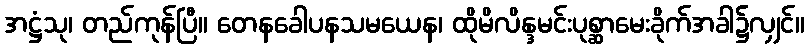
အဋ္ဌံသု၊ တည်ကုန်ပြီ။ တေနခေါပနသမယေန၊ ထိုမိလိန္ဒမင်းပုစ္ဆာမေးခိုက်အခါ၌လျှင်။